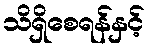
သိရှိစေရန်နှင့်